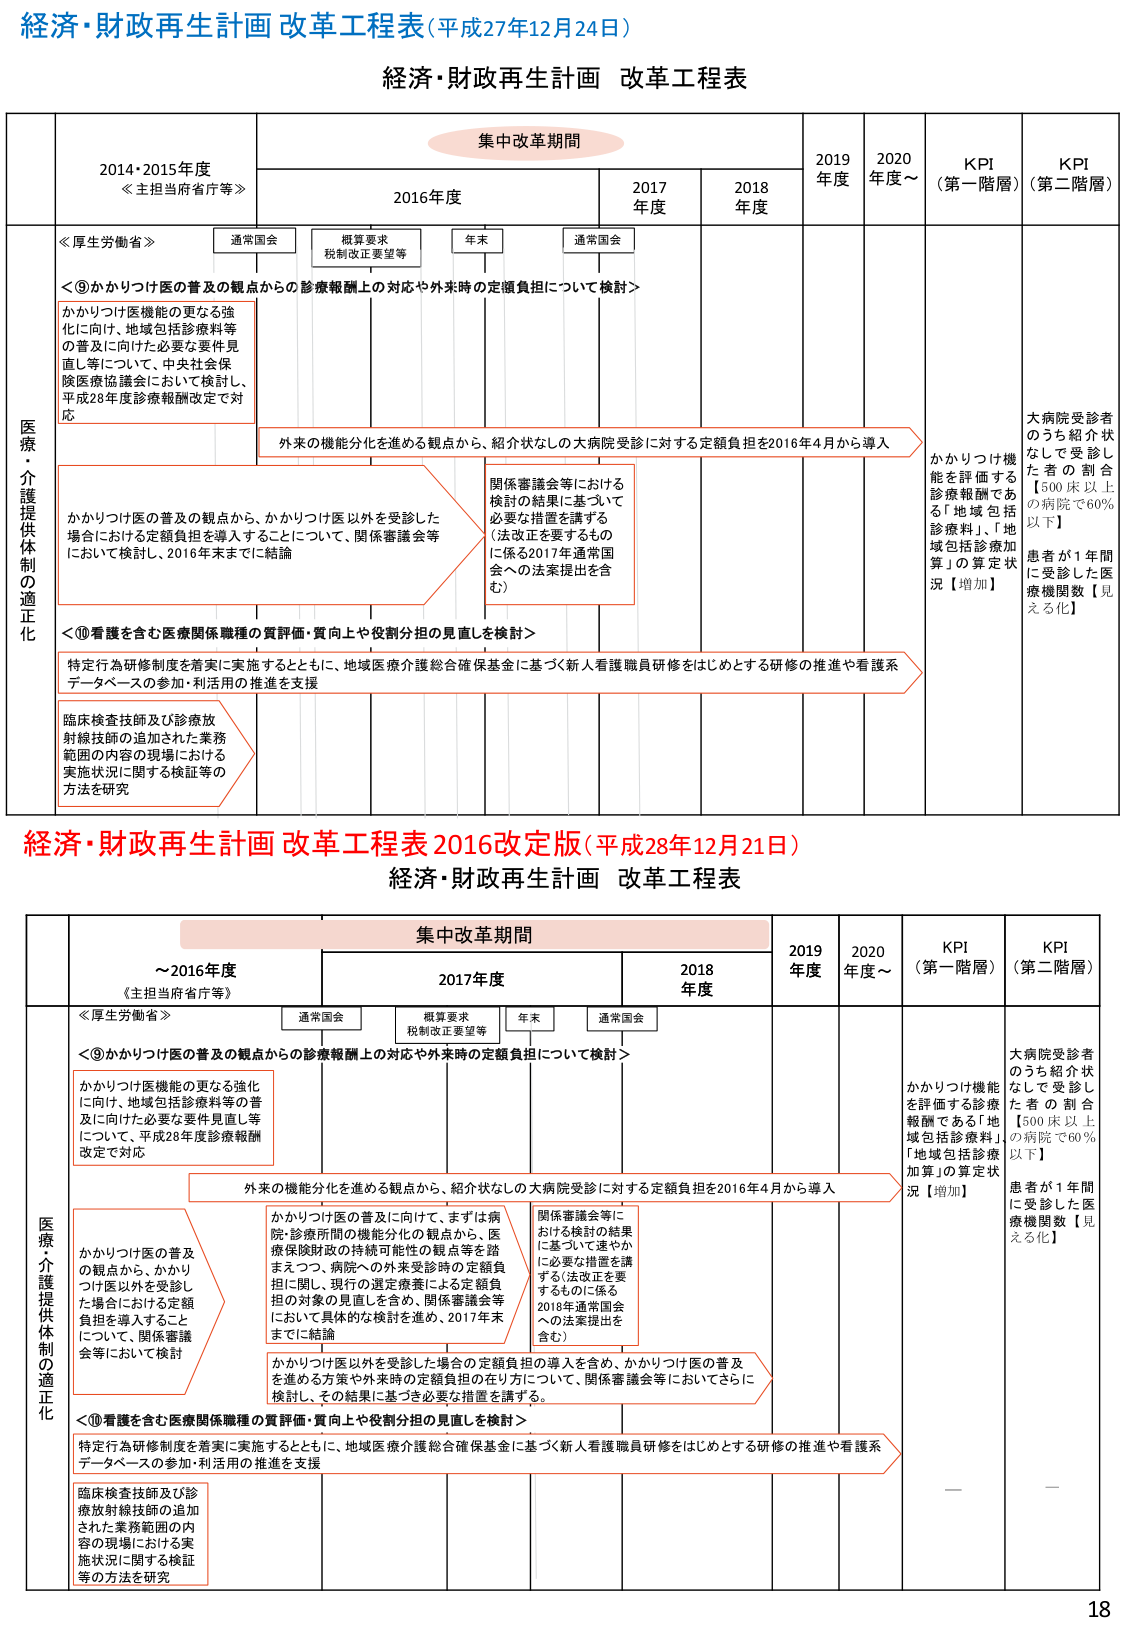
経済・財政再生計画 改革工程表(平成27年12月24日)

経済・財政再生計画 改革工程表

集中改革期間

2014・2015年度
《主担当府省庁等》

2016年度

2017年度

2018年度

2019年度

2020年度～

KPI
（第一階層）

KPI
（第二階層）

医療・介護提供制の適正化

《厚生労働省》

通常国会

概算要求
税制改正要望等

年末

通常国会

＜⑨かかりつけ医の普及の観点からの診療報酬上の対応や外来時の定額負担について検討＞

かかりつけ医機能の更なる強化に向け、地域包括診療料等の普及に向けた必要な要件見直し等について、中央社会保険医療協議会において検討し、平成28年度診療報酬改定で対応

外来の機能分化を進める観点から、紹介状なしの大病院受診に対する定額負担を2016年4月から導入

かかりつけ医の普及の観点から、かかりつけ医以外を受診した場合における定額負担を導入することについて、関係審議会等において検討し、2016年末までに結論

関係審議会等における検討の結果に基づいて必要な措置を講ずる（法改正を要するものに係る2017年通常国会への法案提出を含む）

＜⑩看護を含む医療関係職種の質評価・質向上や役割分担の見直しを検討＞

特定行為研修制度を着実に実施するとともに、地域医療介護総合確保基金に基づく新人看護職員研修をはじめとする研修の推進や看護系データベースの参加・利活用の推進を支援

臨床検査技師及び診療放射線技師の追加された業務範囲の内容の現場における実施状況に関する検証等の方法を研究

かかりつけ機能を評価する診療報酬である「地域包括診療料」、「地域包括診療加算」の算定状況【増加】

大病院受診者のうち紹介状なしで受診した者の割合【500床以上の病院で60％以下】

患者が1年間に受診した医療機関数【見える化】

経済・財政再生計画 改革工程表 2016改定版(平成28年12月21日)

経済・財政再生計画 改革工程表

集中改革期間

～2016年度
《主担当府省庁等》

2017年度

2018年度

2019年度

2020年度～

KPI
（第一階層）

KPI
（第二階層）

医療・介護提供制の適正化

《厚生労働省》

通常国会

概算要求
税制改正要望等

年末

通常国会

＜⑨かかりつけ医の普及の観点からの診療報酬上の対応や外来時の定額負担について検討＞

かかりつけ医機能の更なる強化に向け、地域包括診療料等の普及に向けた必要な要件見直し等について、平成28年度診療報酬改定で対応

外来の機能分化を進める観点から、紹介状なしの大病院受診に対する定額負担を2016年4月から導入

かかりつけ医の普及の観点から、かかりつけ医以外を受診した場合における定額負担を導入することについて、関係審議会等において検討

かかりつけ医の普及に向け、まずは病院・診療所間の機能分化の観点から、医療保険財政の持続可能性の観点等を踏まえつつ、病院への外来受診時の定額負担に関し、現行の選定療養による定額負担の対象の見直しを含め、関係審議会等において具体的な検討を進め、2017年末までに結論

関係審議会等における検討の結果に基づいて速やかに必要な措置を講ずる（法改正を要するものに係る2018年通常国会への法案提出を含む）

かかりつけ医以外を受診した場合の定額負担の導入を含め、かかりつけ医の普及を進める方策や外来時の定額負担の在り方について、関係審議会等においてさらに検討し、その結果に基づき必要な措置を講ずる。

＜⑩看護を含む医療関係職種の質評価・質向上や役割分担の見直しを検討＞

特定行為研修制度を着実に実施するとともに、地域医療介護総合確保基金に基づく新人看護職員研修をはじめとする研修の推進や看護系データベースの参加・利活用の推進を支援

臨床検査技師及び診療放射線技師の追加された業務範囲の内容の現場における実施状況に関する検証等の方法を研究

かかりつけ機能を評価する診療報酬である「地域包括診療料」、「地域包括診療加算」の算定状況【増加】

大病院受診者のうち紹介状なしで受診した者の割合【500床以上の病院で60％以下】

患者が1年間に受診した医療機関数【見える化】

—

—

18